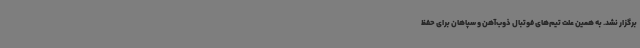
برگزار نشد. به همین علت تیم‌های فوتبال ذوب‌آهن و سپاهان برای حفظ